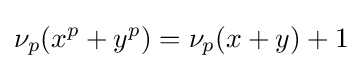
\nu _{p}(x^{p}+y^{p})=\nu _{p}(x+y)+1